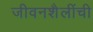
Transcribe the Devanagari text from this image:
जीवनशैलींची